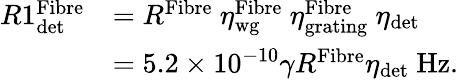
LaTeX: \begin{array}{rl}{R1_{\textrm{det}}^{\textrm{Fibre}}}&{=R^{\textrm{Fibre}}\ \eta_{\textrm{wg}}^{\textrm{Fibre}}\ \eta_{\textrm{grating}}^{\textrm{Fibre}}\ \eta_{\textrm{det}}}\\ &{=5.2\times 10^{-10}\gamma R^{\textrm{Fibre}}\eta_{\textrm{det}}\ \textrm{Hz}.}\end{array}